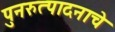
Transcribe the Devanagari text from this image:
पुनरुत्पादनाचे